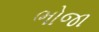
ભોજા